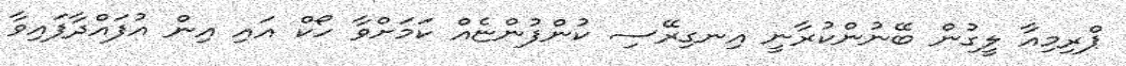
ޕްރިމިއާ ލީގުން ބޭނުންކުރާނީ އިނގިރޭސި ކުންފުންޏެއް ކަމަށްވާ ހޯކް އައި އިން އުފައްދާފައިވާ